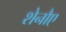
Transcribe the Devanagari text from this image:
शेनौए